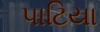
પાટિયા